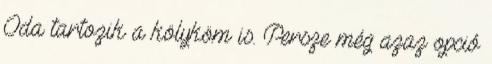
Oda tartozik a kölyköm is. Persze még azaz opció